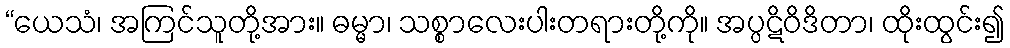
“ယေသံ၊ အကြင်သူတို့အား။ ဓမ္မာ၊ သစ္စာလေးပါးတရားတို့ကို။ အပ္ပဋိဝိဒိတာ၊ ထိုးထွင်း၍